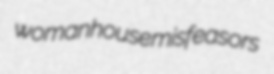
womanhouse misfeasors